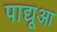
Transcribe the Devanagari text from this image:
पाद्यूआ